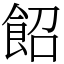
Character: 䬰